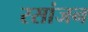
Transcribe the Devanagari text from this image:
रसांजन